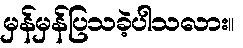
မှန်မှန်ပြသခဲ့ပါသလား။